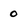
Character: 0